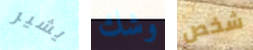
يشير وشك شخص